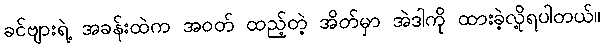
ခင်ဗျားရဲ့ အခန်းထဲက အဝတ် ထည့်တဲ့ အိတ်မှာ အဲဒါကို ထားခဲ့လို့ရပါတယ်။